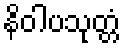
နိဝါပသုတ္တံ